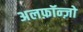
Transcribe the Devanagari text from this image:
अलफ़ॉन्ज़ो